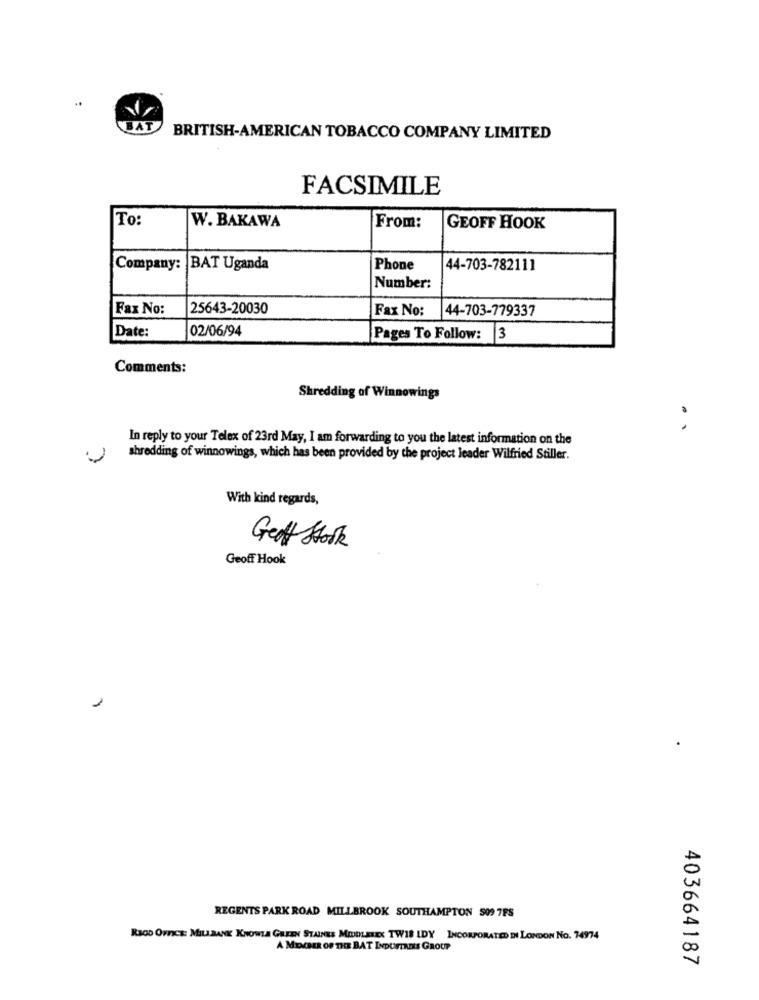
BAT
BRITISH-AMERICAN TOBACCO COMPANY LIMITED
FACSIMILE
To:
W. BAKAWA
From:
GEOFF HOOK
Company: |BAT Uganda
Phone
44-703-782111
Number:
Fax No:
25643-20030
Fax No:
44-703-779337
Date:
02/06/94
Pages To Follow: 3
Comments:
Shredding of Winnowings
..
In reply to your Telex of 23rd May, I am forwarding to you the latest information on the
shredding of winnowings, which has been provided by the project leader Wilfried Stiller.
With kind regards,
Great Stork
Geoff Hook
REGENTS PARK ROAD MILLBROOK SOUTHAMPTON 509 7FS
REOD OFFICE: MILL BANK KNOWLA GREEN STAINES MIDDLESEX TWIS LDY INCORPORATED IN LONDON No. 74974
A MocER OF no BAT INDUSTAnts GROUP
403664187